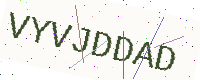
Text: VYVJDDAD